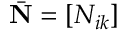
\bar { \bf N } = [ N _ { i k } ]